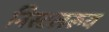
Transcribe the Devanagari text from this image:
निस्टलरूय